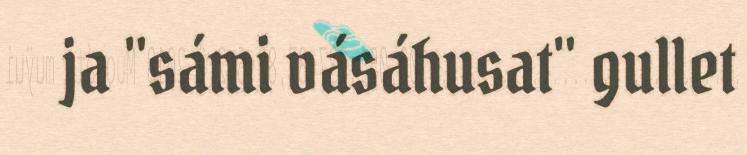
ja "sámi vásáhusat" gullet